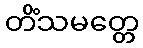
တိံသမတ္တေ